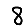
Digit: 8